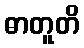
ဓာတူတိ